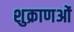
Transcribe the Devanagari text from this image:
शुक्राणओं